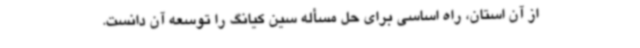
از آن استان، راه اساسی برای حل مسأله سین کیانگ را توسعه آن دانست.